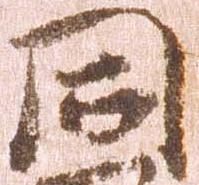
同